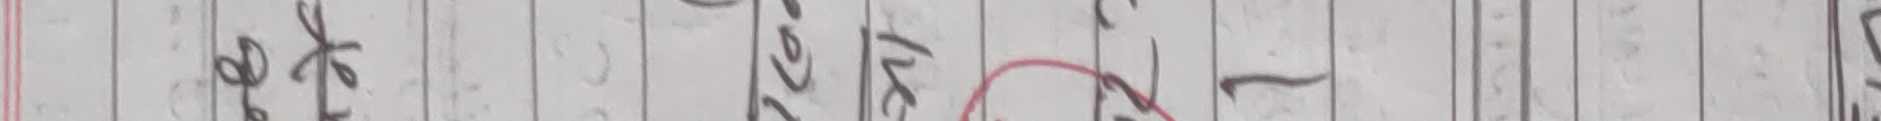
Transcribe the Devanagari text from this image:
फेखे२मा